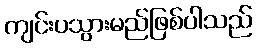
ကျင်းပသွားမည်ဖြစ်ပါသည်